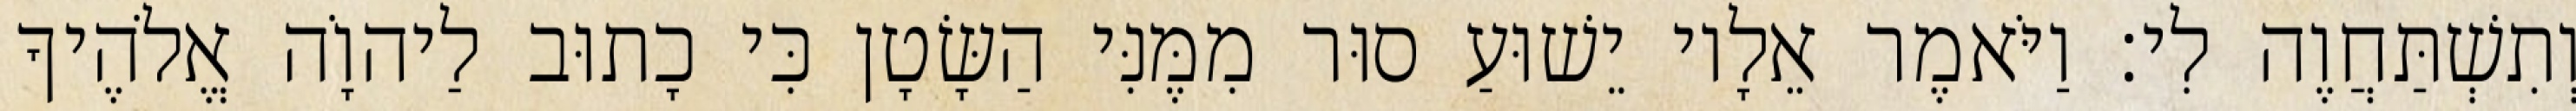
וְתִשְׁתַּחֲוֶה לִי׃ וַיֹּאמֶר אֵלָיו יֵשׁוּעַ סוּר מִמֶּנִּי הַשָּׂטָן כִּי כָתוּב לַיהוָֹה אֱלֹהֶיךָ